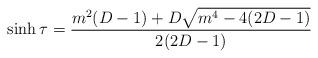
LaTeX: \begin{align*}\sinh\tau=\frac{m^2(D-1)+ D\sqrt{m^4-4(2D-1)}}{2(2D-1)}\end{align*}